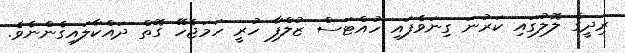
ރިދީގެ ލޮލުގައި ކަރުނަ ގިނަވެފައި ހުއްޓަސް ޒުލްފާ ހުރީ ހަމަޖެހޭ ގޮތް ދައްކާލައިގެންނެވެ.